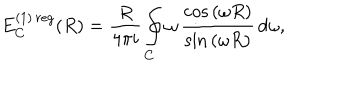
E _ { C } ^ { ( 1 ) \, r e g } ( R ) = \frac { R } { 4 \pi i } \oint _ { C } ^ { } \omega \, \frac { \cos { ( \omega R ) } } { \sin { ( \omega R ) } } \, d \omega ,